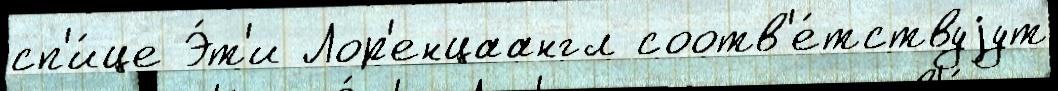
сп'и́це Э́т'и Лор'енцаангл соотв'е́тствуjут